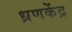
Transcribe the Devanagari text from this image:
ध्रणकेंद्र